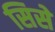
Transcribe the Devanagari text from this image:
सिसे